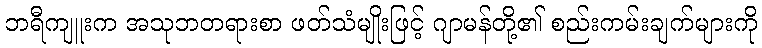
ဘရီကျူးက အသုဘတရားစာ ဖတ်သံမျိုးဖြင့် ဂျာမန်တို့၏ စည်းကမ်းချက်များကို